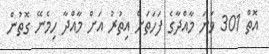
އޮތް 301 ވަނަ މާއްދާގެ ފަހަތަށް އިތުރު އަށް މާއްދާ ހިމެނޭ ގޮތުން